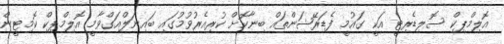
އޮލިމްޕިކް ސޮލިޑެރިޓީ އަކީ ގައުމީ ފެޑަރޭޝަންތައް ބިނާކޮށް ކުރިއެރުވުމުގައި ބައިނަލްއަގްވާމީ އޮލިމްޕިކް ކޮމިޓީން